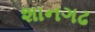
શાનગઢ